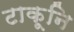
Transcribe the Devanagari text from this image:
टाकूनि